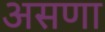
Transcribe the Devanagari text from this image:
असणा